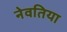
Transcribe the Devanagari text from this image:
नेवतिया